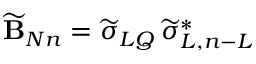
\widetilde { \bf B } _ { N n } = \widetilde \sigma _ { L Q } \, \widetilde \sigma _ { L , n - L } ^ { * }